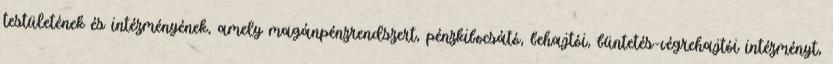
testületének és intézményének, amely magánpénzrendszert, pénzkibocsátó, behajtói, büntetés-végrehajtói intézményt,